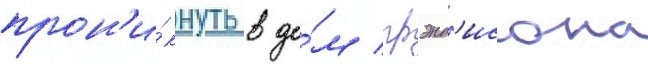
прон'и́кнуть в до́м грэнд'исона